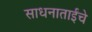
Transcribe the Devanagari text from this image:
साधनाताईंचे